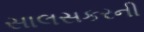
સાલસકરની